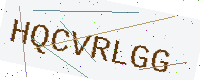
Text: HQCVRLGG